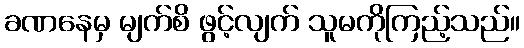
ခဏနေမှ မျက်စိ ဖွင့်လျက် သူမကိုကြည့်သည်။